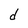
Character: d